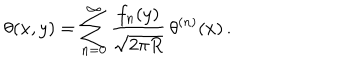
\theta ( x , y ) = \sum _ { n = 0 } ^ { \infty } \frac { f _ { n } ( y ) } { \sqrt { 2 \pi R } } \, \theta ^ { ( n ) } ( x ) \, .